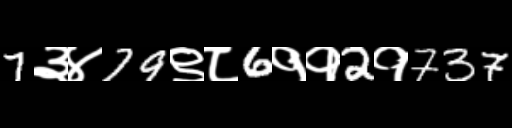
Text: 7३४79९८6११2१737